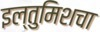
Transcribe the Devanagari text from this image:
इल्तुमिशचा